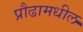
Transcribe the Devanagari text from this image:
प्रौढामधील